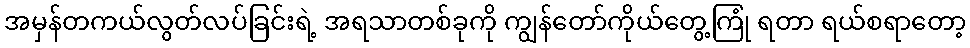
အမှန်တကယ်လွတ်လပ်ခြင်းရဲ့ အရသာတစ်ခုကို ကျွန်တော်ကိုယ်တွေ့ကြုံ ရတာ ရယ်စရာတော့